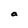
Character: a